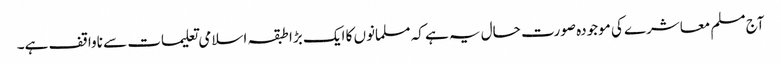
آج مسلم معاشرے کی موجودہ صورت حال یہ ہے کہ مسلمانوں کا ایک بڑا طبقہ اسلامی تعلیمات سے ناواقف ہے۔